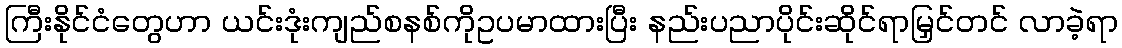
ကြီးနိုင်ငံတွေဟာ ယင်းဒုံးကျည်စနစ်ကိုဥပမာထားပြီး နည်းပညာပိုင်းဆိုင်ရာမြှင်တင် လာခဲ့ရာ